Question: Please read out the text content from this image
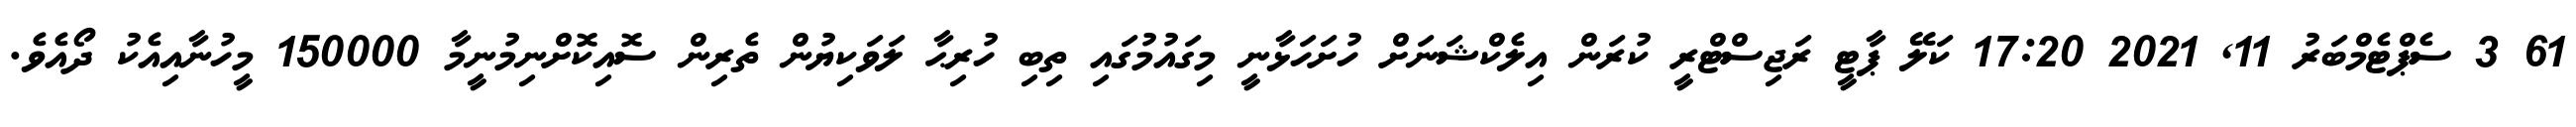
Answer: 61 3 ސެޕްޓެމްބަރު 11, 2021 17:20 ކަލޭ ޕާޓީ ރަޖިސްޓްރީ ކުރަން އިލެކްޝަނަށް ހުށަހަޅާނީ މިގައުމުގައި ތިބި ހުރިޙާ ލަވަކިޔުން ތެރިން ސޮއިކޮށްނިމުނީމާ 150000 މީހުނާއިއެކު ދޯއެވެ.